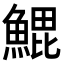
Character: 𬵝